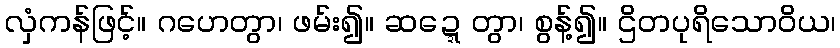
လှံကန်ဖြင့်။ ဂဟေတွာ၊ ဖမ်း၍။ ဆဍ္ဍေတွာ၊ စွန့်၍။ ဌိတပုရိသောဝိယ၊